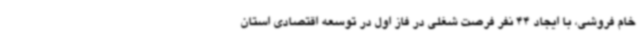
خام فروشی، با ایجاد 44 نفر فرصت شغلی در فاز اول در توسعه اقتصادی استان